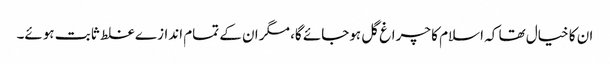
ان کا خیال تھا کہ اسلام کا چراغ گل ہوجائے گا، مگر ان کے تمام اندازے غلط ثابت ہوئے۔